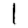
Digit: 1